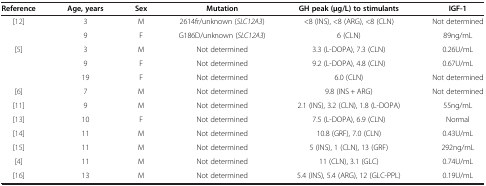
| Reference | Age, years | Sex | Mutation | GH peak (μg/L) to stimulants | IGF-1 |
 | --- | --- | --- | --- | --- | --- |
 | <ROWSPAN=2> [12] | 3 | M | 2614fr/unknown (SLC12A3) | <8 (INS), <8 (ARG), <8 (CLN) | Not determined |
 | 9 | F | G186D/unknown (SLC12A3) | 6 (CLN) | 89ng/mL |
 | <ROWSPAN=3> [5] | 3 | M | Not determined | 3.3 (l-DOPA), 7.3 (CLN) | 0.26U/mL |
 | 9 | F | Not determined | 9.2 (l-DOPA), 4.8 (CLN) | 0.67U/mL |
 | 19 | F | Not determined | 6.0 (CLN) | Not determined |
 | [6] | 7 | M | Not determined | 9.8 (INS + ARG) | Not determined |
 | [11] | 9 | M | Not determined | 2.1 (INS), 3.2 (CLN), 1.8 (l-DOPA) | 55ng/mL |
 | [13] | 10 | F | Not determined | 7.5 (l-DOPA), 6.9 (CLN) | Normal |
 | [14] | 11 | M | Not determined | 10.8 (GRF), 7.0 (CLN) | 0.43U/mL |
 | [15] | 11 | M | Not determined | 5 (INS), 1 (CLN), 13 (GRF) | 292ng/mL |
 | [4] | 11 | M | Not determined | 11 (CLN), 3.1 (GLC) | 0.74U/mL |
 | [16] | 13 | M | Not determined | 5.4 (INS), 5.4 (ARG), 12 (GLC-PPL) | 0.19U/mL |